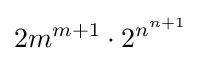
2m^{m+1}\cdot 2^{n^{n+1}}